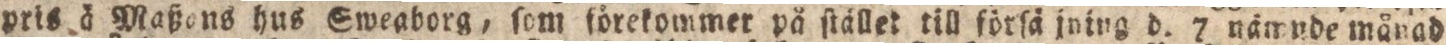
pris ä Maßons hus Sweaborg, ſom förekommer på ſtället till förſä jning d. 7 nämude månad